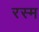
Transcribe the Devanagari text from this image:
रस्‍म